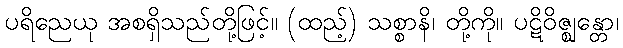
ပရိညေယု အစရှိသည်တို့ဖြင့်။ (ထည့်) သစ္စာနိ၊ တို့ကို။ ပဋိဝိဇ္ဈန္တော၊